Vaccination in the Punjab 1905-1918 - 1905-1918
Year: 1905
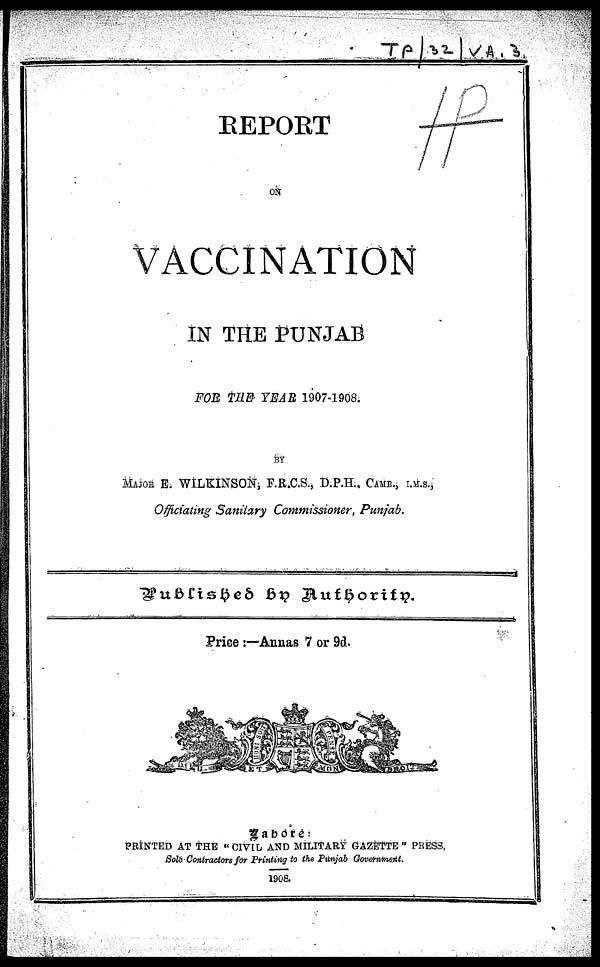
REPORT
ON
VACCINATION
IN THE PUNJAB
FOR THE YEAR 1907-1908.
BY
MAJOR E. WILKINSON, F.R.C.S., D.P.H., CAMB. , I.M.S.,
Officiating Sanitary Commissioner, Punjab.
Published by
Authority.
Price :—Annas 7 or 9d.
Lahore:
PRINTED AT THE "CIVIL AND MILITARY GAZETTE" PRESS,
Sole Contractors for Printing to the Punjab Government.
1908.